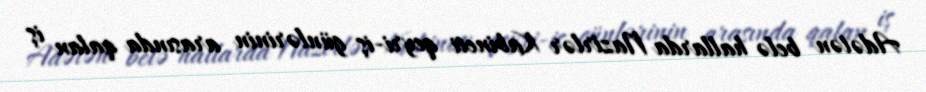
Adətən belə hallarda Nazirlər Kabineti qeyri-iş günlərinin arasında qalan iş